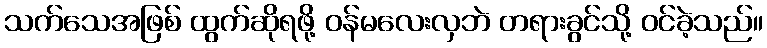
သက်သေအဖြစ် ထွက်ဆိုရဖို့ ဝန်မလေးလှဘဲ တရားခွင်သို့ ဝင်ခဲ့သည်။